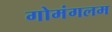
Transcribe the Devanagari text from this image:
गोमंगलम